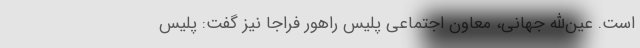
است. عین‌الله جهانی، معاون اجتماعی پلیس راهور فراجا نیز گفت: پلیس